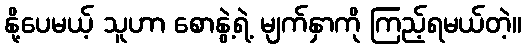
နို့ပေမယ့် သူဟာ စောနွဲ့ရဲ့ မျက်နှာကို ကြည့်ရမယ်တဲ့။